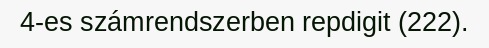
4-es számrendszerben repdigit (222).